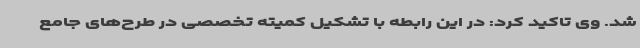
شد. وی تاکید کرد: در این رابطه با تشکیل کمیته تخصصی در طرح‌های جامع